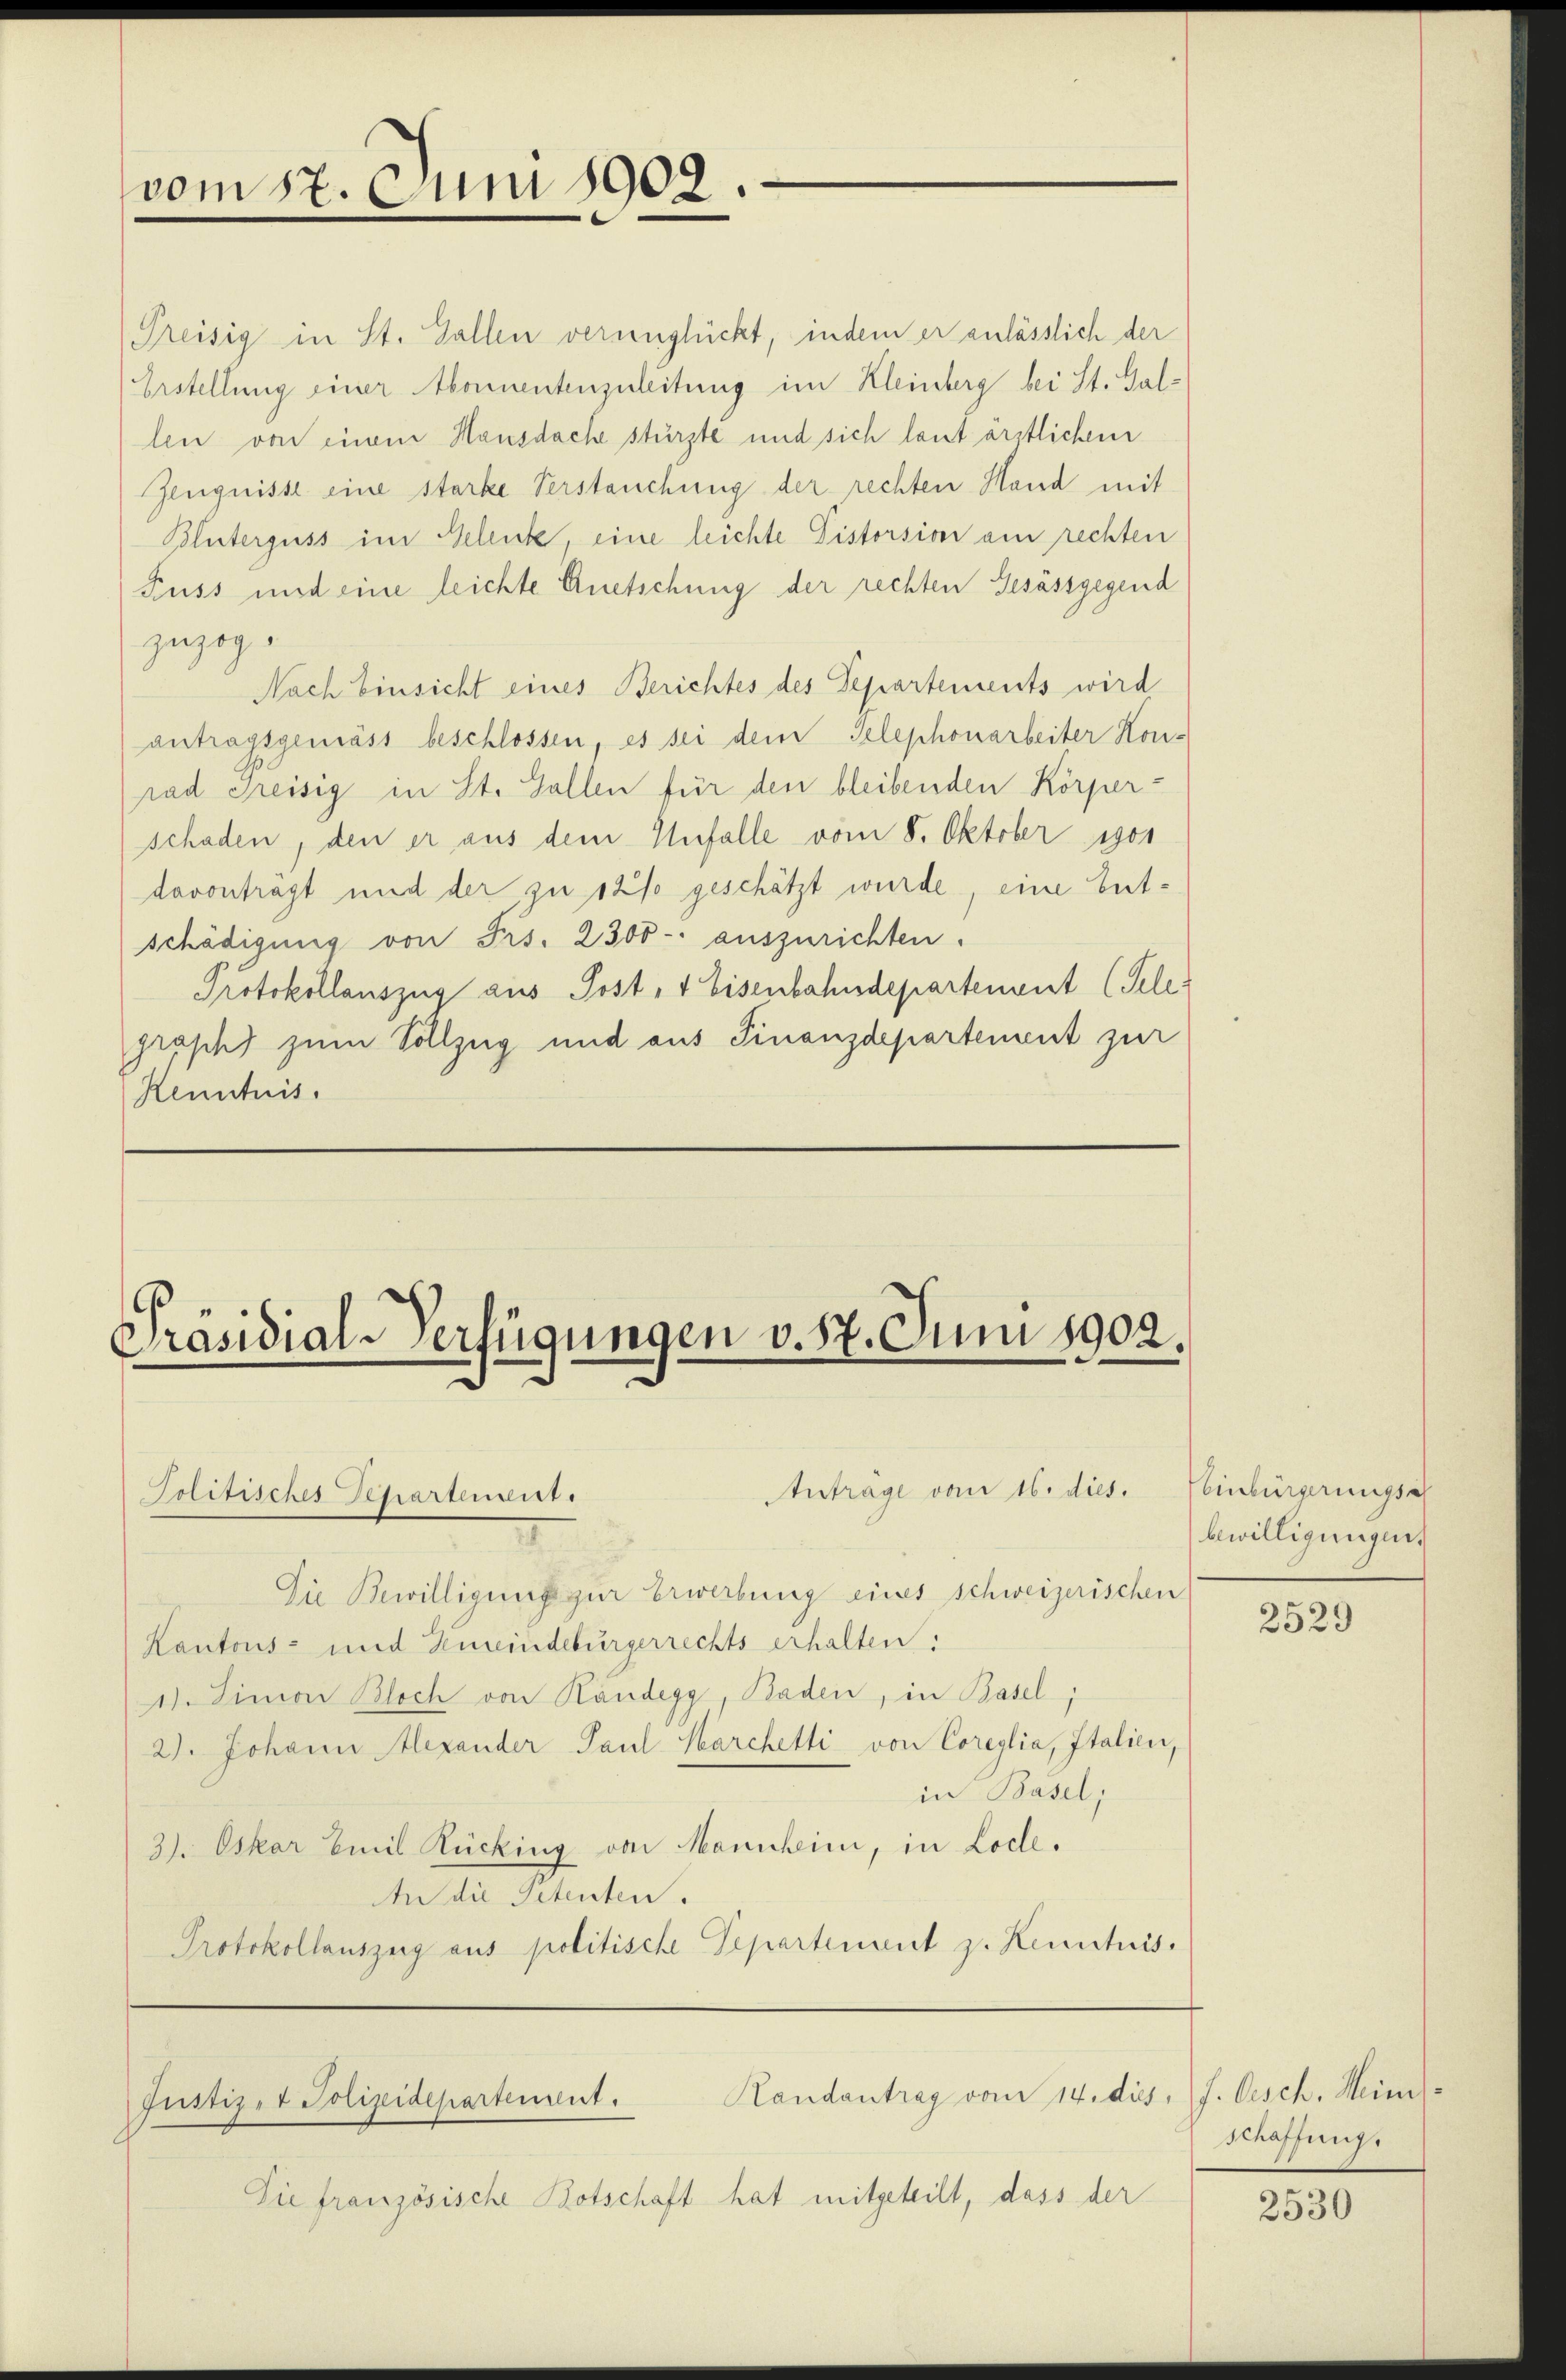
vom 17. Juni 1902.

Präsidial-Verfügungen v. 17. Juni 1902.

Politisches Schartensirt.

Preisig in St. Gallen verunglückt, indem er anlässlich der
Erstellung einer Abonnentenzuleitung im Kleinberg bei St. Gallen von einem Hausdacke stürzte und sich laut ärztlichen
Zeugnisse eine starke Verstauchung der rechten Hand mit
Blüterguss im Gelenk, eine leichte Distorsion am rechten
Fuss und eine leichte Anetschung der rechten Gesässgegend
zuzog.
Nach Einsicht eines Berichtes des Departements wird
antragsgemäss beschlossen, es sei dem Telephonarbeiter Kon-
rad Greisig in St. Gallen für den bleibenden Körper-
schaden, den er aus dem Unfalle vom 8. Oktober 1901
davontragt und der zu 12% geschätzt wurde, eine betschädigung von Fris. 2300- auszurichten.
Protokollauszug aus Post, 4 Eisenbahndepartement (Telegrasch zum Vollzug und aus Finanzdepartement zur
Kenntnis.

Die Bewilligung zur Erwerbung eines schweizerischen
Kantons- und Gemeindebürgerrechts erhalten:
1). Sinion Bloch von Kandegg, Baden, in Basel,
2). Johann Alexander Paul Marchetti von Coreglia, Italien,
in Basel;
3). Oskar Emil Rücking von Mannheim, in Loche.
An die Petenten.
Protokollauszug aus politische Departement z. Kenntnis.

Anträge vom 16. dies. Weinbürgerungsa

Randantrag vom 14. dis
Justiz- & Polizeidepartement.

Sie französische Botschaft hat mitgeteilt, dass der

bewilligungen.

2529

f. Osch. Mein
schaffung.

2530